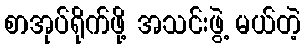
စာအုပ်ရိုက်ဖို့ အသင်းဖွဲ့ မယ်တဲ့